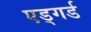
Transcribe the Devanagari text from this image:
एड्गर्ड